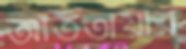
আততায়ীর